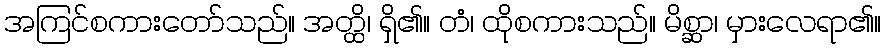
အကြင်စကားတော်သည်။ အတ္ထိ၊ ရှိ၏။ တံ၊ ထိုစကားသည်။ မိစ္ဆာ၊ မှားလေရာ၏။